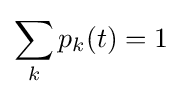
\sum _{k}p_{k}(t)=1